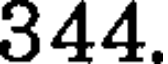
344.